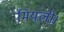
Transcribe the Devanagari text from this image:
मियली।